Report on the working of the Ranchi Indian Mental Hospital, Kanke, in Bihar and Orissa - 1930-1940
Year: 1930
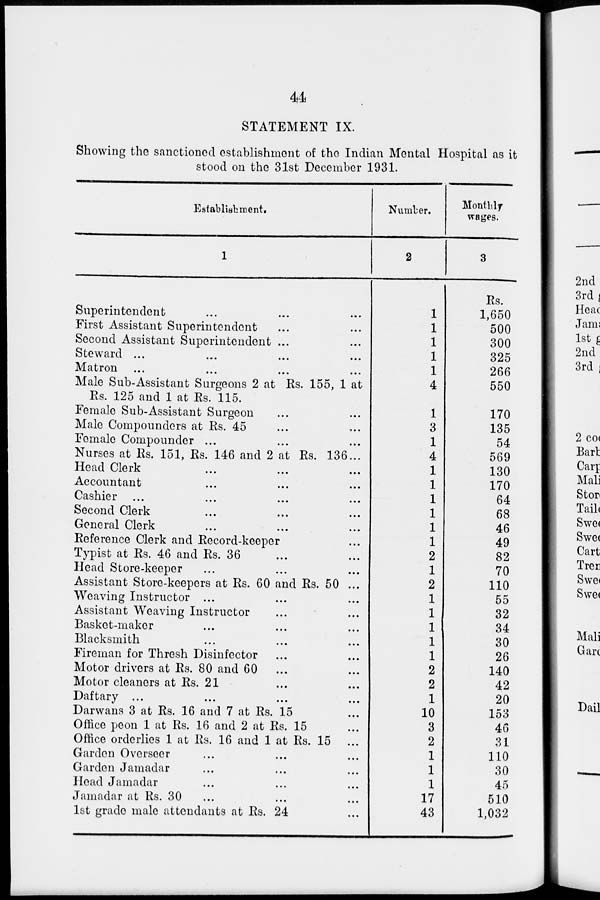
44
STATEMENT IX.
Showing the sanctioned establishment of the Indian Mental Hospital as it
stood on the 31st December 1931.
Establishment.
1
Superintendent ... ... ...
First Assistant Superintendent ... ...
Second Assistant Superintendent ... ...
Steward ... ... ... ...
Matron ... ... ... ...
Male Sub-Assistant Surgeons 2 at Rs. 155, 1 at
Rs. 125 and 1 at Rs. 115.
Female Sub-Assistant Surgeon ... ...
Male Compounders at Rs. 45 ... ...
Female Compounder ... ... ...
Nurses at Rs. 151, Rs. 146 and 2 at Rs. 136...
Head Clerk ... ... ...
Accountant ... ... ...
Cashier ...
...
...
...
Second Clerk ... ... ...
General Clerk ... ... ...
Reference Clerk and Record-keeper ...
Typist at Rs. 46 and Rs. 36 ... ...
Head Store-keeper ... ... ...
Assistant Store-keepers at Rs. 60 and Rs. 50 ...
Weaving Instructor ... ... ...
Assistant Weaving Instructor ... ...
Basket-maker ... ... ...
Blacksmith ... ... ...
Fireman for Thresh Disinfector ... ...
Motor drivers at Rs. 80 and 60 ... ...
Motor cleaners at Rs. 21 ... ...
Daftary ... ... ... ...
Darwans 3 at Rs. 16 and 7 at Rs. 15 ...
Office peon 1 at Rs. 16 and 2 at Rs. 15 ...
Office orderlies 1 at Rs. 16 and 1 at Rs. 15 ...
Garden Overseer ... ... ...
Garden Jamadar ... ... ...
Head Jamadar ... ... ...
Jamadar at Rs. 30 ... ... ...
1st grade male attendants at Rs. 24 ...
Number.
2
1
1
1
1
1
4
1
3
1
4
1
1
1
1
1
1
2
1
2
1
1
1
1
1
2
2
1
10
3
2
1
1
1
17
43
Monthly
wages.
3
Rs.
1,650
500
300
325
266
550
170
135
54
569
130
170
64
68
46
49
82
70
110
55
32
34
30
26
140
42
20
153
46
31
110
30
45
510
1,032